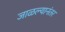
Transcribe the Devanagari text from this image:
जाळल्यानंतर